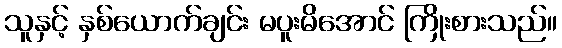
သူနှင့် နှစ်ယောက်ချင်း မပူးမိအောင် ကြိုးစားသည်။